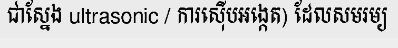
ជាស្នែង ultrasonic / ការស៊ើបអង្កេត) ដែលសមរម្យ